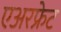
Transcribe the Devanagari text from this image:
एअरफ्रेट